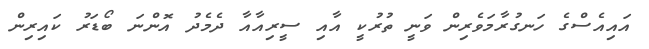
އައިއެސްގެ ހަނގުރާމަވެރިން ވަނީ ތުރުކީ އާއި ސީރިއާއާ ދެމެދު އޮންނަ ބޯޑަރު ކައިރިން